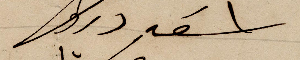
اسعد درويش